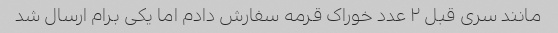
مانند سری قبل ۲ عدد خوراک قرمه سفارش دادم اما یکی برام ارسال شد